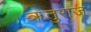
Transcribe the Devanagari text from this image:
ॠतुराज